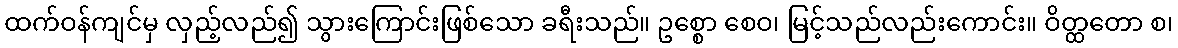
ထက်ဝန်ကျင်မှ လှည့်လည်၍ သွားကြောင်းဖြစ်သော ခရီးသည်။ ဥစ္စော စေဝ၊ မြင့်သည်လည်းကောင်း။ ဝိတ္ထတော စ၊